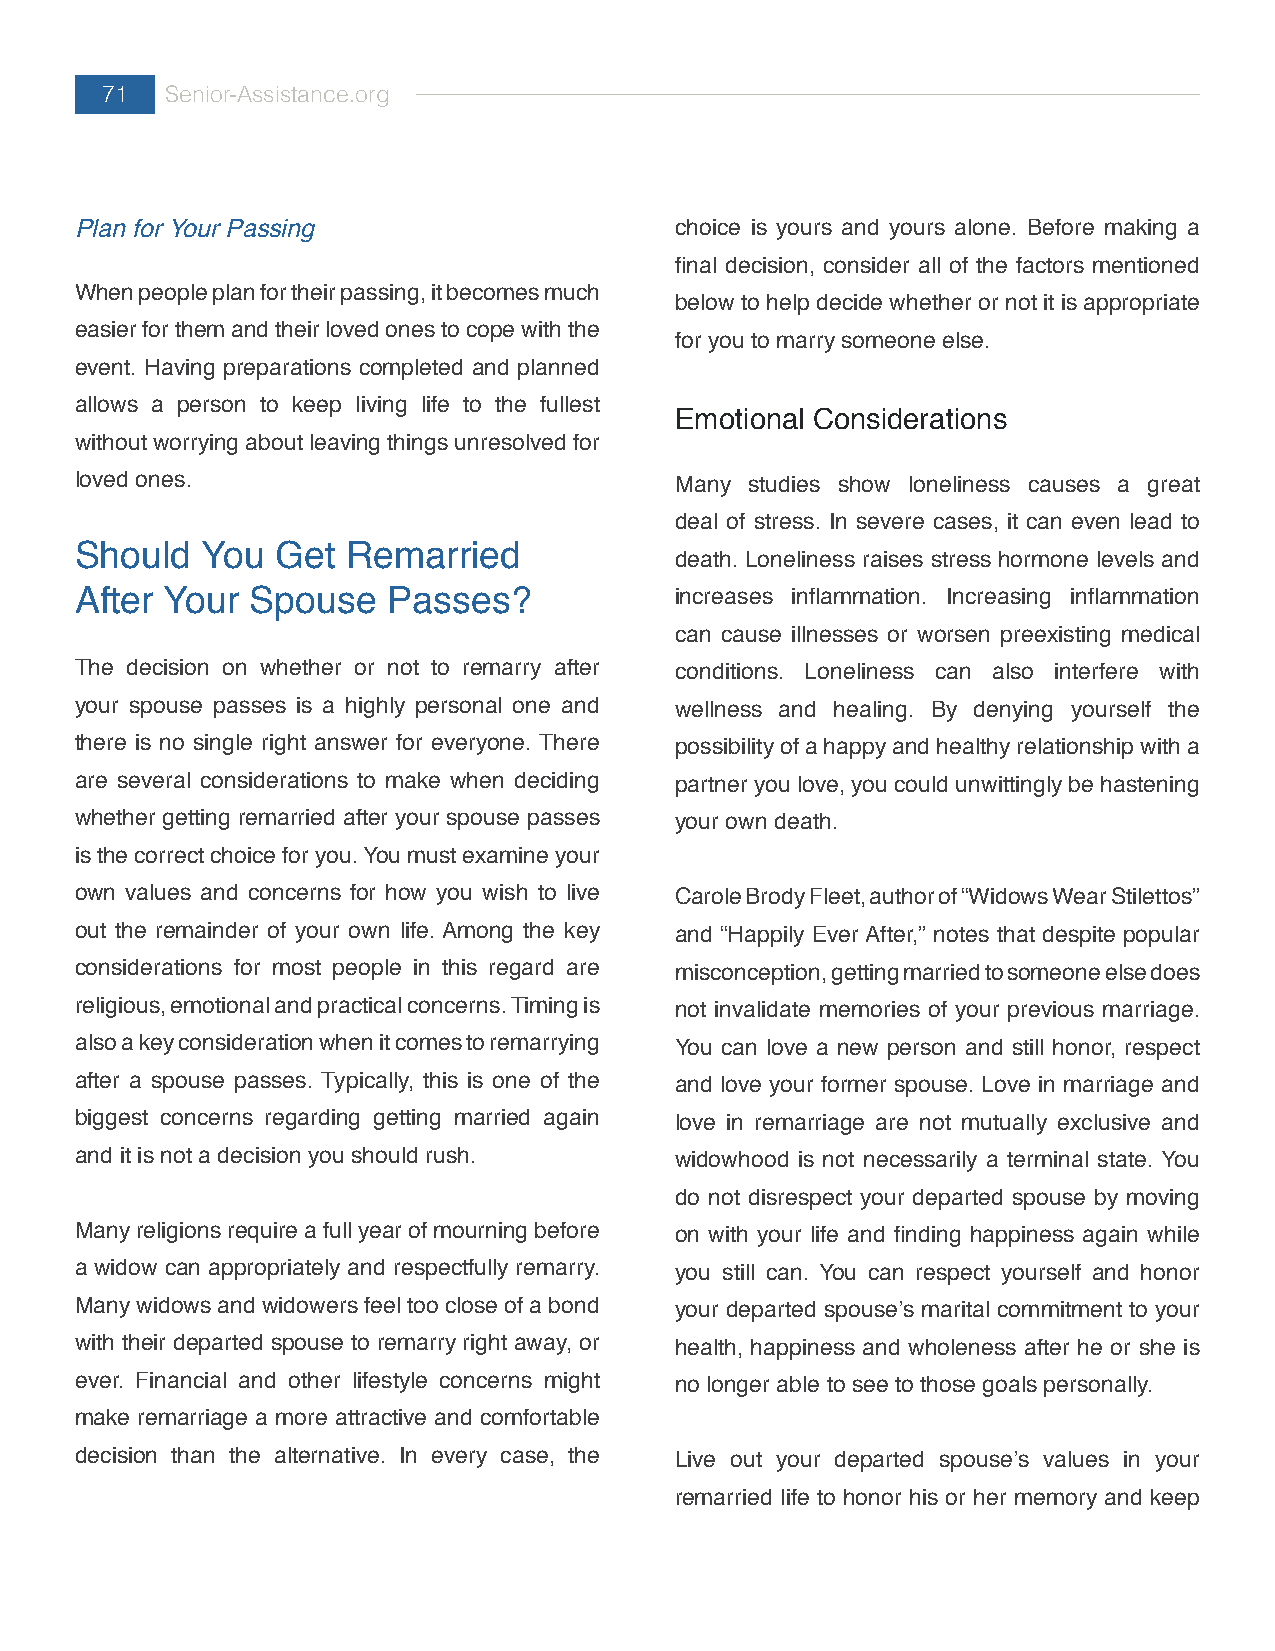
71  Senior-Assistance.org
 Plan for Your Passing                   choice is yours and yours alone. Before making a
 final decision, consider all of the factors mentioned
 When people plan for their passing, it becomes much
 below to help decide whether or not it is appropriate
 easier for them and their loved ones to cope with the
 for you to marry someone else.
 event. Having preparations completed and planned
 allows a person to keep living life to the fullest
 Emotional Considerations
 without worrying about leaving things unresolved for
 loved ones.                             Many studies show loneliness causes a great
 deal of stress. In severe cases, it can even lead to
 Should  You  Get  Remarried
 death. Loneliness raises stress hormone levels and
 After Your  Spouse   Passes?            increases inflammation. Increasing inflammation
 can cause illnesses or worsen preexisting medical
 The decision on whether or not to remarry after conditions. Loneliness can also interfere with
 your spouse passes is a highly personal one and wellness and healing. By denying yourself the
 there is no single right answer for everyone. There possibility of a happy and healthy relationship with a
 are several considerations to make when deciding partner you love, you could unwittingly be hastening
 whether getting remarried after your spouse passes your own death.
 is the correct choice for you. You must examine your
 own values and concerns for how you wish to live Carole Brody Fleet, author of “Widows Wear Stilettos”
 out the remainder of your own life. Among the key and “Happily Ever After,” notes that despite popular
 considerations for most people in this regard are misconception, getting married to someone else does
 religious, emotional and practical concerns. Timing is not invalidate memories of your previous marriage.
 also a key consideration when it comes to remarrying You can love a new person and still honor, respect
 after a spouse passes. Typically, this is one of the and love your former spouse. Love in marriage and
 biggest concerns regarding getting married again love in remarriage are not mutually exclusive and
 and it is not a decision you should rush. widowhood is not necessarily a terminal state. You
 do not disrespect your departed spouse by moving
 Many religions require a full year of mourning before on with your life and finding happiness again while
 a widow can appropriately and respectfully remarry. you still can. You can respect yourself and honor
 Many widows and widowers feel too close of a bond your departed spouse’s marital commitment to your
 with their departed spouse to remarry right away, or health, happiness and wholeness after he or she is
 ever. Financial and other lifestyle concerns might no longer able to see to those goals personally.
 make remarriage a more attractive and comfortable
 decision than the alternative. In every case, the Live out your departed spouse’s values in your
 remarried life to honor his or her memory and keep